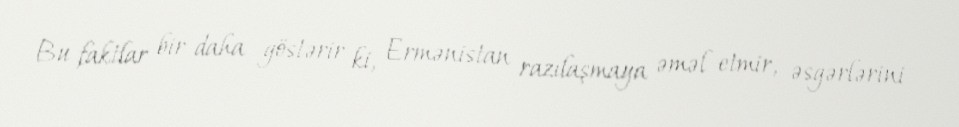
Bu faktlar bir daha göstərir ki, Ermənistan razılaşmaya əməl etmir, əsgərlərini